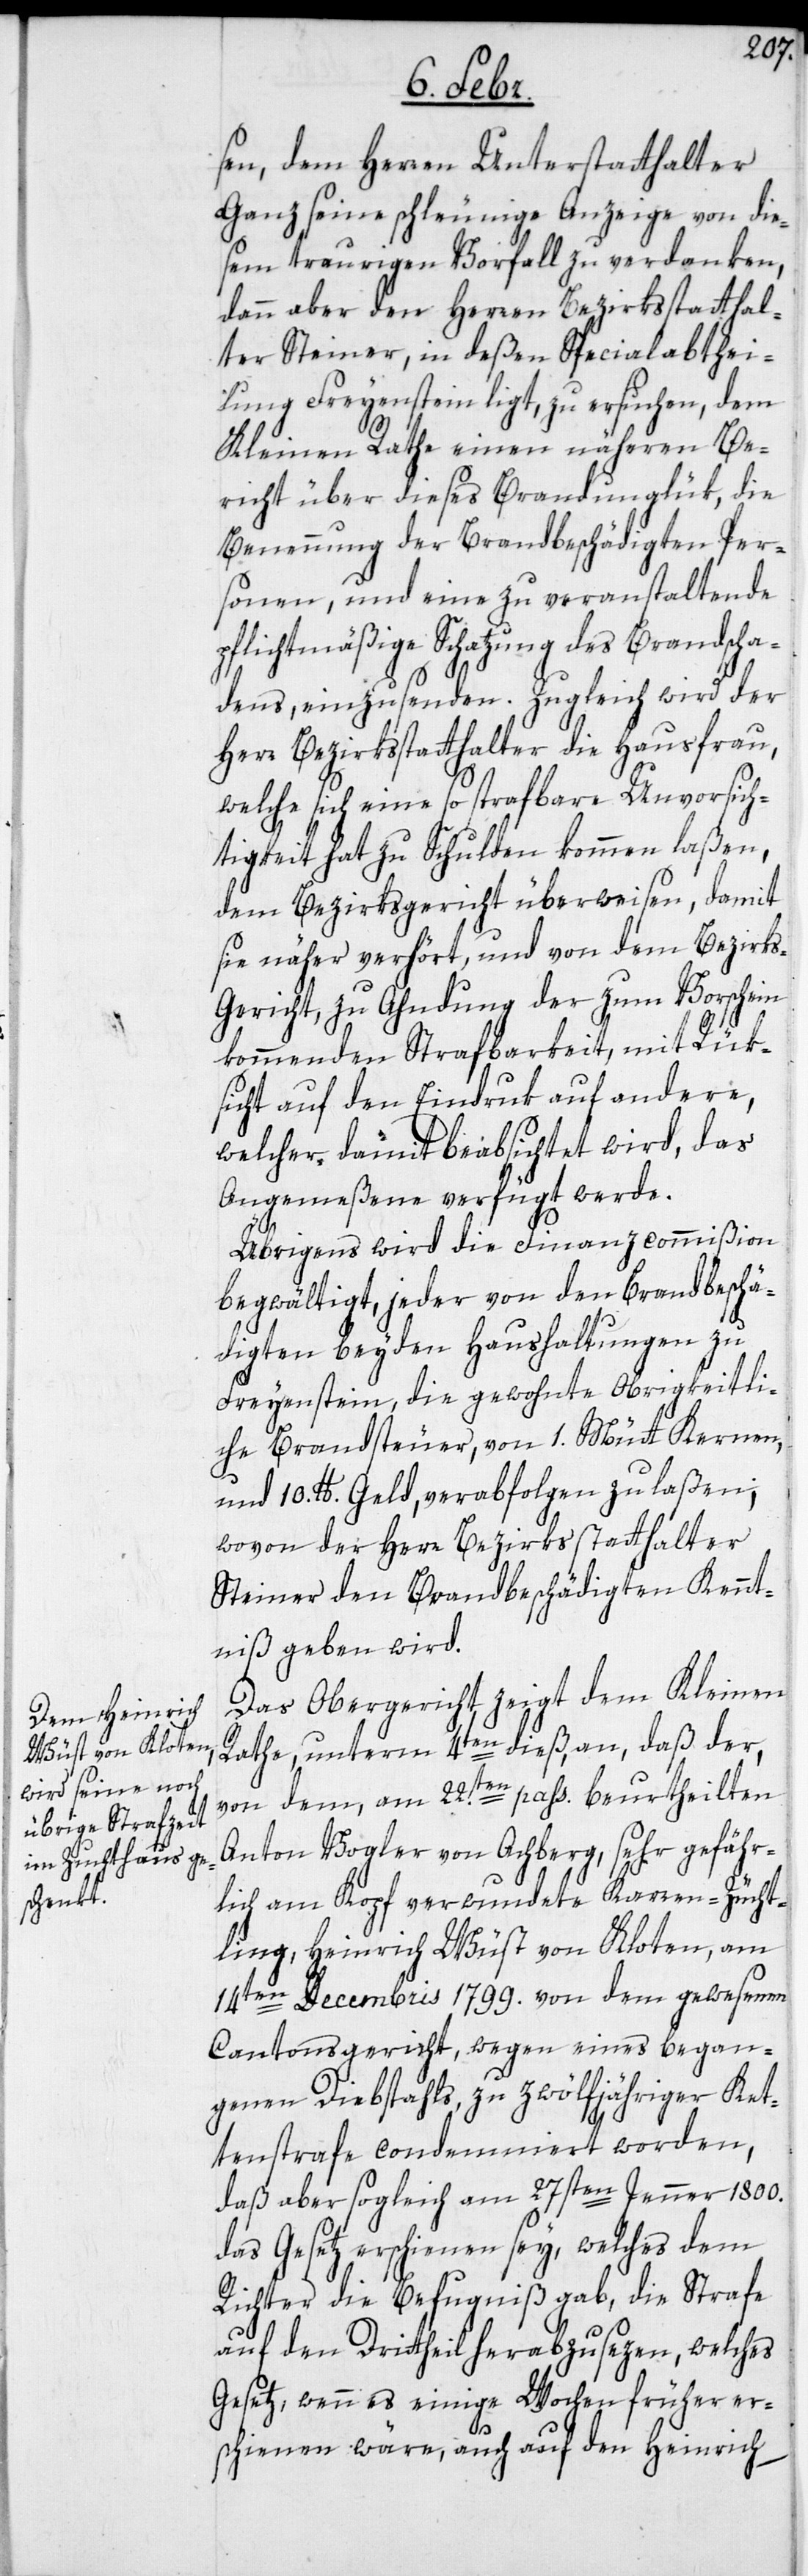
sen, dem Herren Unterstatthalter
Ganz seine schleunige Anzeige von die¬
sem traurigen Vorfall zu verdanken,
dann aber den Herren Bezirksstatthal¬
ter Steiner, in deßen Specialabthei¬
lung Freyenstein ligt, zu ersuchen, dem
Kleinen Rathe einen näheren Be¬
richt über dieses Brandunglük, die
Benennung der Brandbeschädigten Per¬
sonen, und eine zu veranstaltende
pflichtmäßige Schatzung des Brandscha¬
dens, einzusenden. Zugleich wird der
Herr Bezirksstatthalter die Hausfrau,
welche sich eine so strafbare Unvorsich¬
tigkeit hat zu Schulden kommen laßen,
dem Bezirksgericht überweisen, damit
sie näher verhört, und von dem Bezirks-G¬
ericht, zu Ahndung der zum Vorschein
kommenden Strafbarkeit, mit Rük¬
sicht auf den Eindruk auf andere,
welcher damit beabsichtet wird, das
Angemeßene verfügt werde.
Übrigens wird die Finanzcommißion
begwältigt, jeder von den Brandbeschä¬
digten beyden Haushaltungen zu
Freyenstein, die gewohnte Obrigkeitli¬
che Brandsteuer, von 1. Mütt Kernen,
und 10. lb. Geld, verabfolgen zu laßen;
wovon der Herr Bezirksstatthalter
Steiner den Brandbeschädigten Kennt¬
niß geben wird.
Das Obergericht zeigt dem Kleinen
Rathe, unterm 4ten dieß, an, daß der,
von dem am 22.sten pass. beurtheilten
Anton Vogler von Achberg, sehr gefähr¬
lich am Kopf verwundete Karren-Zücht¬
ling, Heinrich Wüst von Kloten, am
14ten Decembris 1799. von dem gewesenen
Cantonsgericht, wegen eines began¬
genen Diebstahls zu zwölfjähriger Ket¬
tenstrafe condemniert worden,
daß aber sogleich am 27sten Jenner 1800.
das Gesetz erschienen sey, welches dem
Richter die Befugniß gab, die Strafe
auf den Drittheil herabzusezen, welches
Gesetz, wenn es einige Wochen früher er¬
schienen wäre, auch auf den Heinrich